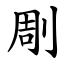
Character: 㓮